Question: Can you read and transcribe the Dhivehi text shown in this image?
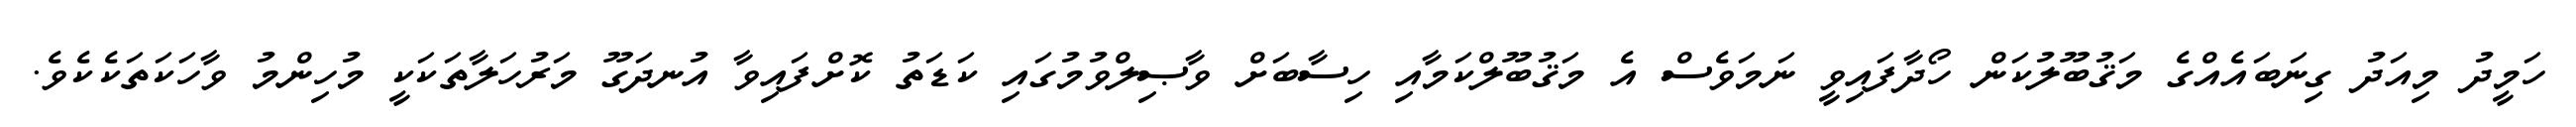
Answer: ހަމީދު މިއަދު ގިނަބައެއްގެ މަޤުބޫލުކަން ހޯދާފައިވީ ނަމަވެސް އެ މަޤުބޫލްކަމާއި ހިސާބަށް ވާޞިލްވުމުގައި ކަޑަތު ކޮށްފައިވާ އުނދަގޫ މަރުހަލާތަކަކީ މުހިންމު ވާހަކަތަކެކެވެ.